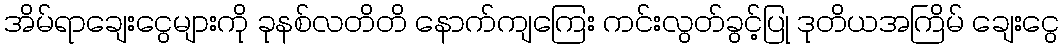
အိမ်ရာချေးငွေများကို ခုနစ်လတိတိ နောက်ကျကြေး ကင်းလွတ်ခွင့်ပြု ဒုတိယအကြိမ် ချေးငွေ